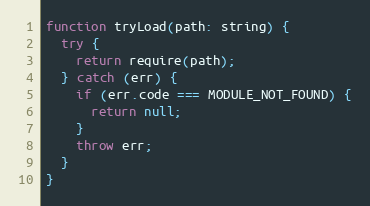
Language: JavaScript
function tryLoad(path: string) {
  try {
    return require(path);
  } catch (err) {
    if (err.code === MODULE_NOT_FOUND) {
      return null;
    }
    throw err;
  }
}